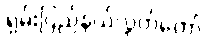
ရှမ်းပြည်နယ်လွှတ်တော်